Report of the King Institute of Preventive Medicine, Guindy
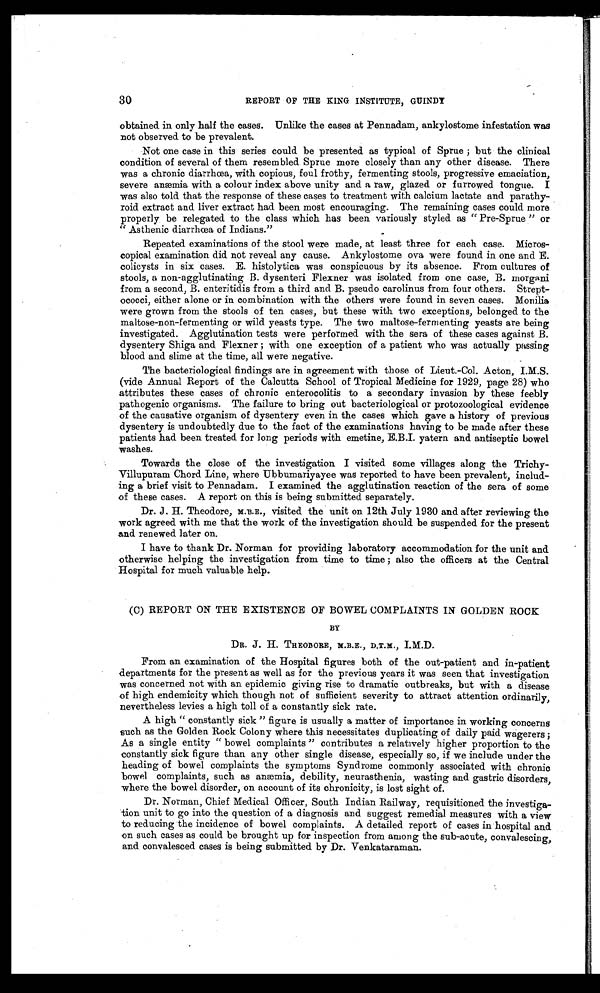
30
REPORT OF THE KING INSTITUTE, GUINDY
obtained in only half the cases. Unlike the cases at Pennadam, ankylostome infestation was
not observed to be prevalent.
Not one case in this series could be presented as typical of Sprue ; but the clinical
condition of several of them resembled Sprue more closely than any other disease. There
was a chronic diarrhœa, with copious, foul frothy, fermenting stools, progressive emaciation,
severe anæmia with a colour index above unity and a raw, glazed or furrowed tongue. I
was also told that the response of these cases to treatment with calcium lactate and parathy
-
roid extract and liver extract had been most encouraging. The remaining cases could more
properly be relegated to the class which has been variously styled as "Pre-Sprue" or
"Asthenic diarrhœa of Indians."
Repeated examinations of the stool were made, at least three for each case. Micros
-
copical examination did not reveal any cause. Ankylostome ova were found in one and E.
colicysts in six cases. E. histolytica was conspicuous by its absence. From cultures of
stools, a non-agglutinating B. dysenteri Flexner was isolated from one case, B. morgani
from a second, B. enteritidis from a third and B. pseudo carolinus from four others. Strept
-
ococci, either alone or in combination with the others were found in seven cases. Monilia
were grown from the stools of ten cases, but these with two exceptions, belonged to the
maltose-non-fermenting or wild yeasts type. The two maltose-fermenting yeasts are being
investigated. Agglutination tests were performed with the sera of these cases against B.
dysentery Shiga and Flexner ; with one exception of a patient who was actually passing
blood and slime at the time, all were negative.
The bacteriological findings are in agreement with those of Lieut.-Col. Acton, I.M.S.
(vide Annual Report of the Calcutta School of Tropical Medicine for 1929, page 28) who
attributes these cases of chronic enterocolitis to a secondary invasion by these feebly
pathogenic organisms. The failure to bring out bacteriological or protozoological evidence
of the causative organism of dysentery even in the cases which gave a history of previous
dysentery is undoubtedly due to the fact of the examinations having to be made after these
patients had been treated for long periods with emetine, E.B.I. yatern and antiseptic bowel
washes.
Towards the close of the investigation I visited some villages along the Trichy
-
Villupuram Chord Line, where Ubbumariyayee was reported to have been prevalent, includ
-
ing a brief visit to Pennadam. I examined the agglutination reaction of the sera of some
of these cases. A report on this is being submitted separately.
Dr. J. H. Theodore, M.B.E., visited the unit on 12th July 1930 and after reviewing the
work agreed with me that the work of the investigation should be suspended for the present
and renewed later on.
I have to thank Dr. Norman for providing laboratory accommodation for the unit and
otherwise helping the investigation from time to time ; also the officers at the Central
Hospital for much valuable help.
(C) REPORT ON THE EXISTENCE OF BOWEL COMPLAINTS IN GOLDEN ROCK
BY
DR. J. H. THEODORE, M.B.E., D.T.M ., I.M.D.
From an examination of the Hospital figures both of the out-patient and in-patient
departments for the present as well as for the previous years it was seen that investigation
was concerned not with an epidemic giving rise to dramatic outbreaks, but with a disease
of high endemicity which though not of sufficient severity to attract attention ordinarily,
nevertheless levies a high toll of a constantly sick rate.
A high "constantly sick" figure is usually a matter of importance in working concerns
such as the Golden Rock Colony where this necessitates duplicating of daily paid wagerers;
As a single entity "bowel complaints" contributes a relatively higher proportion to the
constantly sick figure than any other single disease, especially so, if we include under the
heading of bowel complaints the symptoms Syndrome commonly associated with chronic
bowel complaints, such as anæmia, debility, neurasthenia, wasting and gastric disorders,
where the bowel disorder, on account of its chronicity, is lost sight of.
Dr. Norman, Chief Medical Officer, South Indian Railway, requisitioned the investiga
-
tion unit to go into the question of a diagnosis and suggest remedial measures with a view
to reducing the incidence of bowel complaints. A detailed report of cases in hospital and
on such cases as could be brought up for inspection from among the sub-acute, convalescing,
and convalesced cases is being submitted by Dr. Venkataraman.